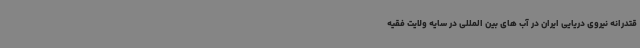
قتدرانه نیروی دریایی ایران در آب های بین المللی در سایه ولایت فقیه